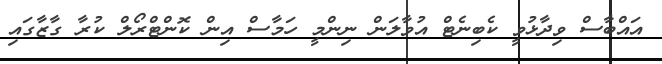
އައްބާސް ވިދާޅުވީ ކެބިނެޓް އުވާލަން ނިންމީ ހަމާސް އިން ކޮންޓްރޯލް ކުރާ ގާޒާގައި